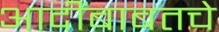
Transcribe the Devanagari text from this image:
आदींबाबतचे